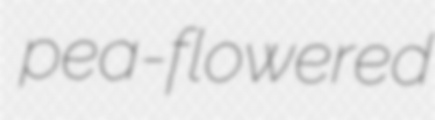
pea-flowered